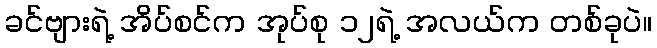
ခင်ဗျားရဲ့ အိပ်စင်က အုပ်စု ၁၂ရဲ့ အလယ်က တစ်ခုပဲ။